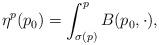
LaTeX: \begin{align*} \eta^p(p_0)=\int_{\sigma(p)}^pB(p_0,\cdot),\end{align*}